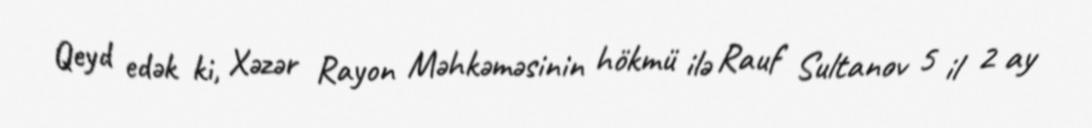
Qeyd edək ki, Xəzər Rayon Məhkəməsinin hökmü ilə Rauf Sultanov 5 il 2 ay